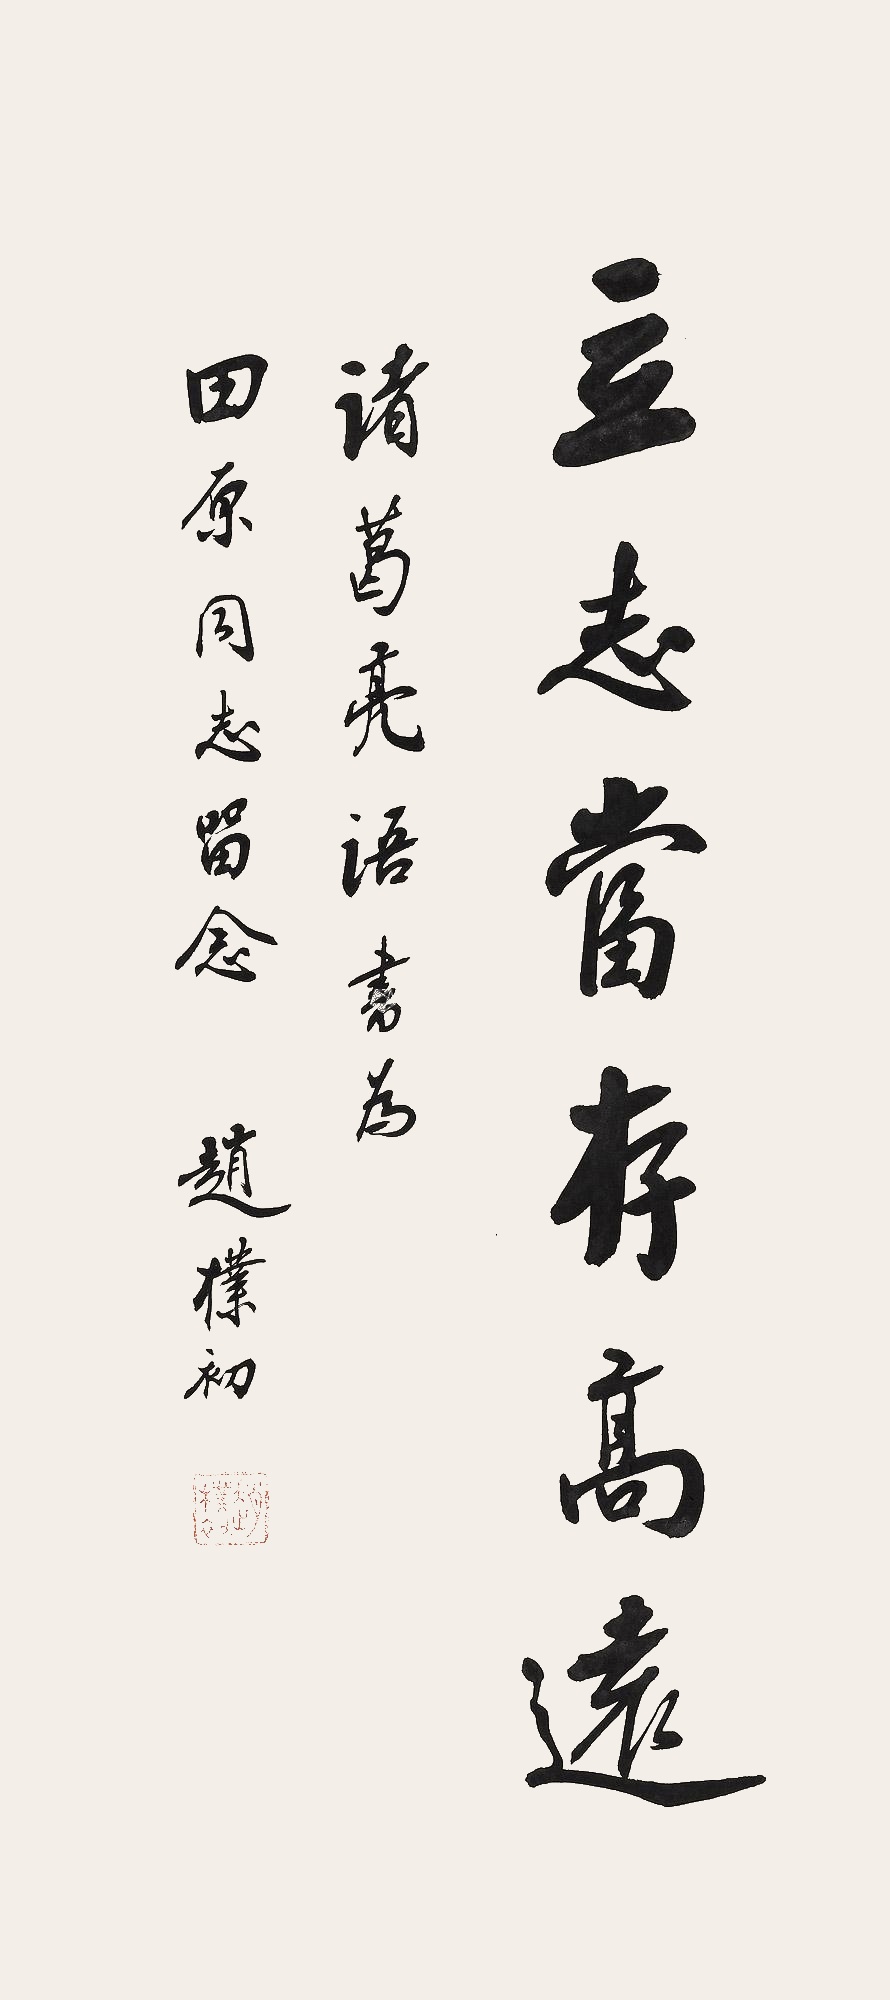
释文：立志当存高远。诸葛亮语，书为田原同志留念，赵朴初。